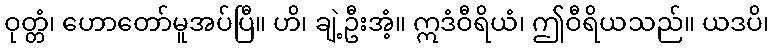
ဝုတ္တံ၊ ဟောတော်မူအပ်ပြီ။ ဟိ၊ ချဲ့ဦးအံ့။ ဣဒံဝီရိယံ၊ ဤဝီရိယသည်။ ယဒပိ၊